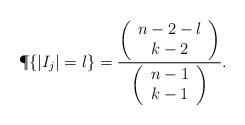
LaTeX: \begin{align*}\P \{|I_j| = l \}=\frac{\left( \begin{array}{c} n-2-l\\ k-2 \end{array}\right)}{\left( \begin{array}{c} n-1\\ k-1 \end{array}\right)}.\end{align*}